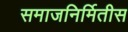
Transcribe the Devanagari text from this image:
समाजनिर्मितीस